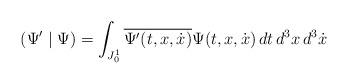
LaTeX: \begin{align*}(\Psi ^{\prime }\mid \Psi )=\int_{J_{0}^{1}}\overline{\Psi ^{\prime }(t,x, \dot{x})}\Psi (t,x,\dot{x})\,dt\,d^3x\,d^3\dot{x} \end{align*}